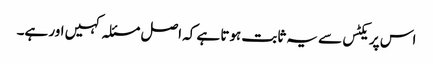
اس پریکٹس سے یہ ثابت ہوتا ہے کہ اصل مسئلہ کہیں اور ہے۔